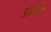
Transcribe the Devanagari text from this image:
फ़ार्मैट